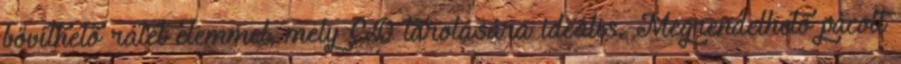
bővíthető rátét elemmel, mely CD tárolására ideális. Megrendelhető pácolt